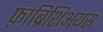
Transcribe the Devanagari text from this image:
फ़ाब्रिशिअयस